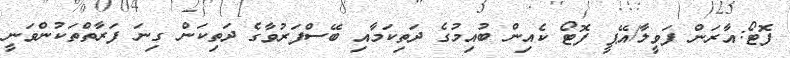
ފޮޓޯ:އާރަން ފަވީލާ/އޭޕީ ފޮޓޯ ކެއިން ބުއިމުގެ ދަތިކަމާއި ބޭސްފަރުވާގެ ދަތިކަން ގިނަ ފަރާތްތަކުންވަނީ